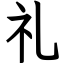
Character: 礼